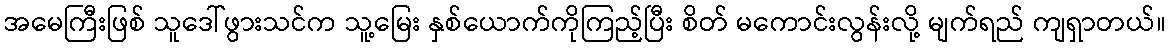
အမေကြီးဖြစ် သူဒေါ်ဖွားသင်က သူ့မြေး နှစ်ယောက်ကိုကြည့်ပြီး စိတ် မကောင်းလွန်းလို့ မျက်ရည် ကျရှာတယ်။